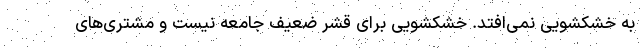
به خشکشویی نمی‌افتد. خشکشویی برای قشر ضعیف جامعه نیست و مشتری‌های